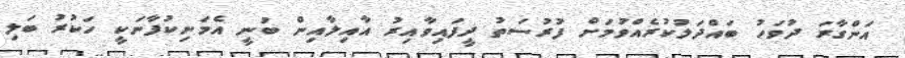
އަންގާރަ ދުވަހު ބައްދަލުކުރެއްވުމަށް ފުރުސަތު ދީފައިވާއިރު އާއިލާއިން ބުނީ އެމަނިކުފާނަކީ ހަކުރު ބަލި